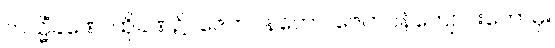
တသ္မိံခဏေ၊ ထိုခဏ၌။ ဇေတဝနတော၊ ဇေတဝန်ကျောင်းတော်မှ။